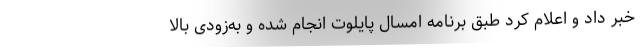
خبر داد و اعلام کرد طبق برنامه امسال پایلوت انجام شده و به‌زودی بالا